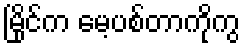
မြိုင်က မေ့ပစ်တာကိုကွ